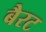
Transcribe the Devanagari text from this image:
बैरट